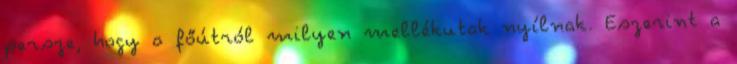
persze, hogy a főútról milyen mellékutak nyílnak. Eszerint a